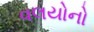
વલયોનો